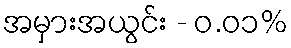
အမှားအယွင်း - ၀.၀၁%